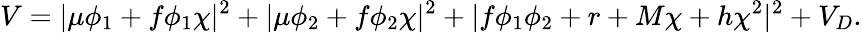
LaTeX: V=|\mu\phi_{1}+f\phi_{1}\chi|^{2}+|\mu\phi_{2}+f\phi_{2}\chi|^{2}+|f\phi_{1}\phi_{2}+r+M\chi+h\chi^{2}|^{2}+V_{D}.